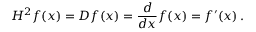
H ^ { 2 } f ( x ) = D f ( x ) = { \frac { d } { d x } } f ( x ) = f ^ { \prime } ( x ) \, .